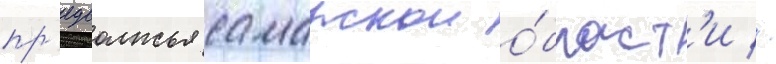
пр'едволжья самарскои о́бласт'и //